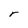
Character: r